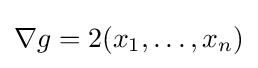
\nabla g=2(x_{1},\dots ,x_{n})